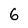
Character: 6